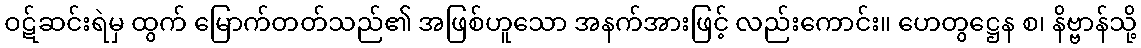
ဝဋ်ဆင်းရဲမှ ထွက် မြောက်တတ်သည်၏ အဖြစ်ဟူသော အနက်အားဖြင့် လည်းကောင်း။ ဟေတွဋ္ဌေန စ၊ နိဗ္ဗာန်သို့